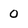
Character: 0